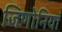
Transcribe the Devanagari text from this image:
जिणोनियां